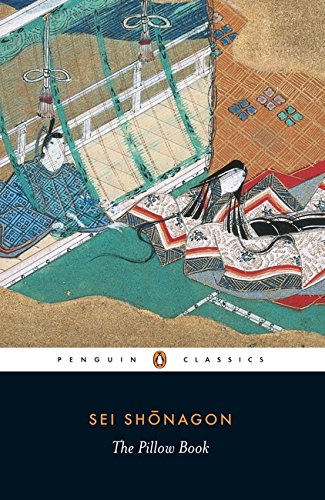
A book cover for The Pillow Book (Penguin Classics); Sei Shonagon; Biographies & Memoirs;